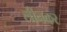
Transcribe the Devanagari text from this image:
लीनकर